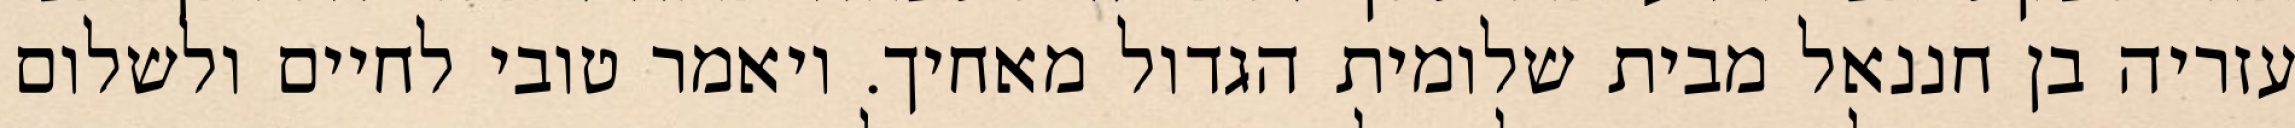
עזריה בן חננאל מבית שלומית הגדול מאחיך. ויאמר טובי לחיים ולשלום